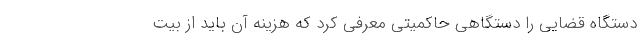
دستگاه قضایی را دستگاهی حاکمیتی معرفی کرد که هزینه آن باید از بیت